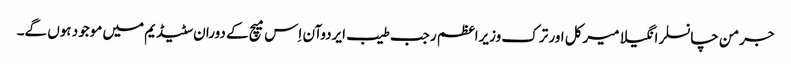
جرمن چانسلر انگیلا میرکل اور ترک وزیراعظم رجب طیب ایردوآن اِس میچ کے دوران سٹیڈیم میں موجود ہوں گے۔